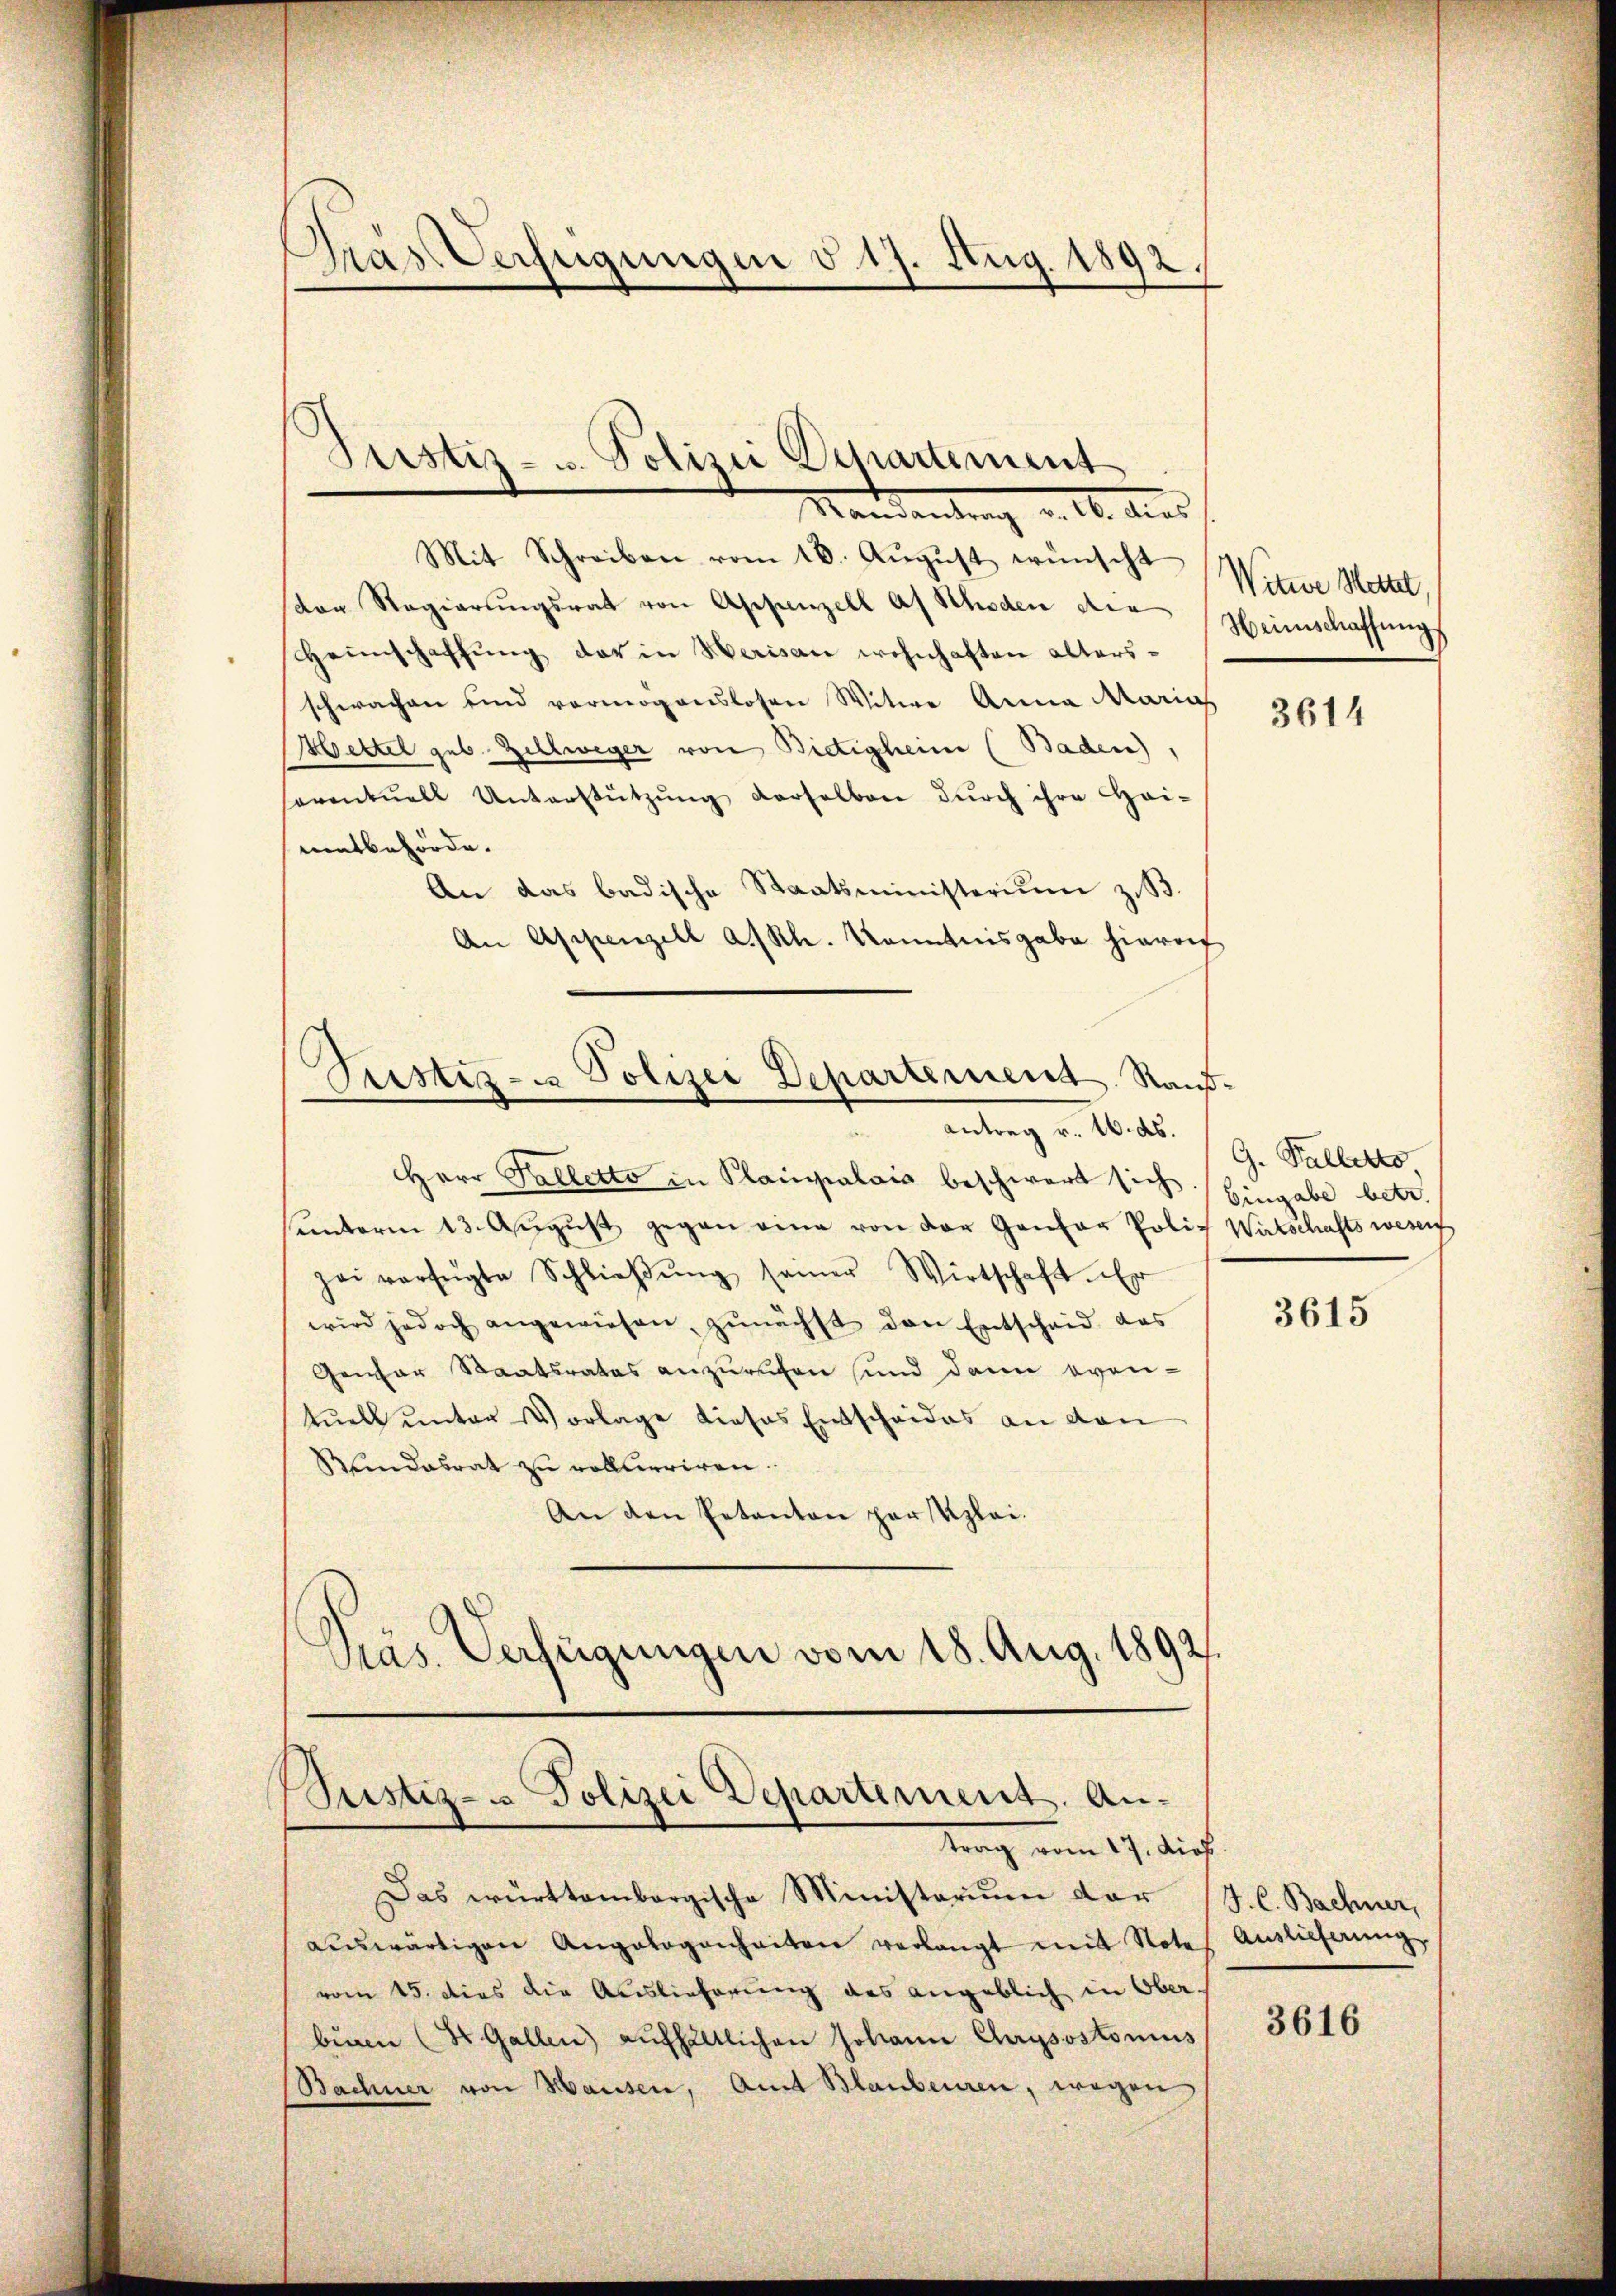
Gras Verfügungen d. 17. Aug. 1892.
e

Justiz- u. Polizei Departement

Mandantrag v. M. dies
Mit Schreiben vom 18. Aŭgŭst wünscht
dor Regierŭngsrat von Appenzell as Schaden der
Heimschaffung des in Herisau wohnhaften altersschwachen und vermögenslosen Witwe Anna Marias
Hettel geb. Zellweger von Bietigheim (Baden),
soventuell Unterstützŭng derselben dŭrch ihre Hei-
mitbehörde.
An das badische Staatsministerium z. B.
An Appenzell a/Rh. Kenntnisgabe hierauf
Justiz- u. Polizei Departement Raub¬

Antrag v. 16. ds.

Herr Palletto in Plainpalais beschwert sich Gingabe betr.
sunterm 13. Aŭgŭst gegen eine von der Gantor Poliz Wirtschaftswesen
zei verfügte Schlieβŭng seiner Wirtschaft. Er
wird jedoch angewiesen, zunächst den Entscheid das
Gener Staatsrates anzuruhen sind dann even-
tuell unter Vorlage dieses Entscheides an den
Mindesrat zu vollberriren.
An den getanton partizlei.
Präs. Verfügungen vom 18. Aug. 1892.
Justiz- u Polizei Departement. An-
trag am 17. diesf
Das württembergische Ministerium der J. C. Bachner,
aŭswärtigen Angelogenheiten verlangt mit Note Auslieferung
vom 15. dies die Auslieferung des angeblich in Ober-
binne (St. Gallen aufhältlichen Johann Crysostonius
Bachner von Hausen, Amt Blaubenren, wegen

Witwe Wettel,
Weinschaffung

3614

G. Gallerto

3615

3616